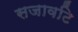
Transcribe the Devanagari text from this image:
सजावटि